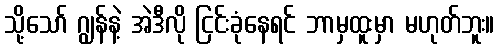
သို့သော် ဂျွန်နဲ့ အဲဒီလို ငြင်းခုံနေရင် ဘာမှထူးမှာ မဟုတ်ဘူး။